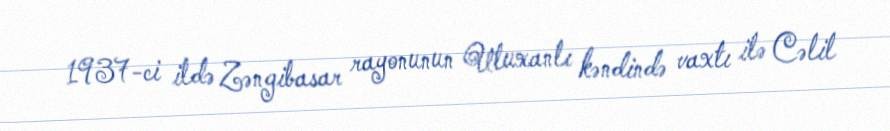
1937-ci ildə Zəngibasar rayonunun Uluxanlı kəndində vaxtı ilə Cəlil